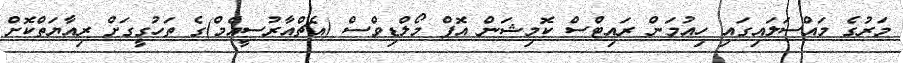
މަރުގެ މައްސަލައިގައި ހިއުމަން ރައިޓްސް ކޮމިޝަން އޮފް މޯލްޑިވްސް (އެޗްއާރުސީއެމް)ގެ ތަހުގީގަށް ރިއާޔަތްކޮށް